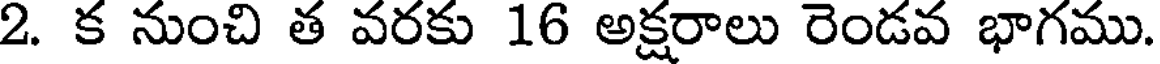
2. క నుంచి త వరకు 16 అక్షరాలు రెండవ భాగము.